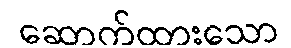
ဆောက်ထားသော